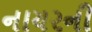
નાયરની